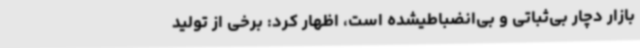
بازار دچار بی‌ثباتی و بی‌انضباطیشده است، اظهار کرد: برخی از تولید